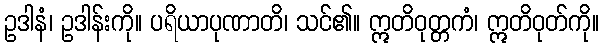
ဥဒါနံ၊ ဥဒါန်းကို။ ပရိယာပုဏာတိ၊ သင်၏။ ဣတိဝုတ္တကံ၊ ဣတိဝုတ်ကို။